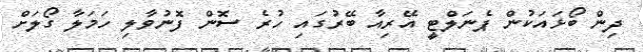
ދިން ބޯޅައަކުން ޕެނަލްޓީ އޭރިއާ ބޭރުގައި ހުރެ ސޮން ފޮނުވާލި ހަމަލާ ގޯލަށް